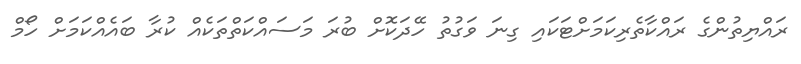
ރައްޔިތުންގެ ރައްކާތެރިކަމަށްޓަކައި ގިނަ ވަގުތު ހޭދަކޮށް ބުރަ މަސައްކަތްތަކެއް ކުރާ ބައެއްކަމަށް ހޯމް